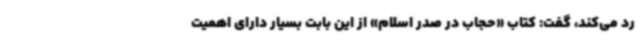
رد می‌کند، گفت: کتاب «حجاب در صدر اسلام» از این بابت بسیار دارای اهمیت